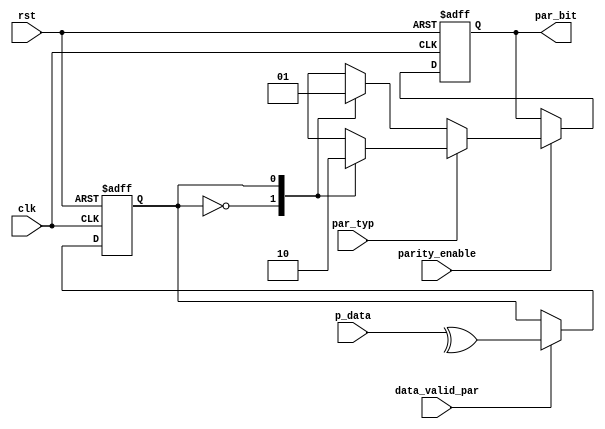
module parity_cal_tx# (parameter data_width= 8, even_parity=0,odd_parity=1)(
  
  input wire par_typ, parity_enable,data_valid_par,
  input wire [data_width-1:0] p_data,
  input wire clk,rst,
  output reg  par_bit
  );
  
  reg temp;
  
always@(posedge clk or negedge rst)
  begin
    if(!rst)
      begin
        par_bit<=1'b0;
      end

   else
	if((parity_enable) && ((par_typ==even_parity)||(par_typ==odd_parity)))
        begin
          
          if(par_typ == even_parity)
            begin
              case(temp)
                
                0: begin
                  par_bit<=1'b0;
                end
                
                1: begin
                  par_bit<=1'b1;
                end
              endcase
            end
         
          else
            begin
              case(temp)
                
                0: begin
                  par_bit<=1'b1;
                end
                
                1: begin
                  par_bit<=1'b0;
                end
              endcase
            end
       end
    else
          begin
            par_bit<=par_bit;
          end

      end
always@(posedge clk or negedge rst)
	begin
	 if(!rst)
	   begin
        temp<= 'b0;
	   end
    else if(data_valid_par)
      begin
        temp<= ^p_data;       
      end
      end
endmodule